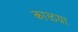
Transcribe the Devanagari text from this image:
काळय़ा